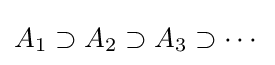
A_{1}\supset A_{2}\supset A_{3}\supset \cdots